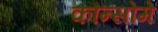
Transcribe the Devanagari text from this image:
कौन्सोमे